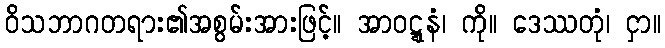
ဝိသဘာဂတရား၏အစွမ်းအားဖြင့်။ အာဝဋ္ဋနံ၊ ကို။ ဒေဿတုံ၊ ငှာ။